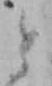
と